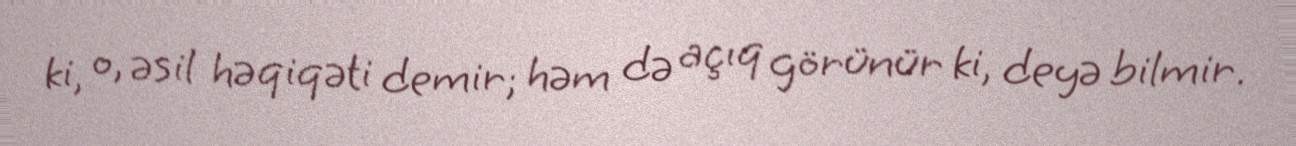
ki, o, əsil həqiqəti demir; həm də açıq görünür ki, deyə bilmir.